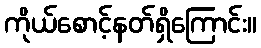
ကိုယ်စောင့်နတ်ရှိကြောင်း။